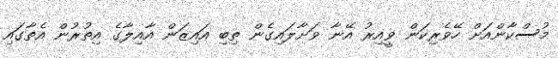
މުސްކާންއަށް ހޭވެރިކަން ވީއިރު އޭނާ ވަށާލައިގެން ތިބި އައިޒަން އާއިލާގެ އިތުރުން އެތާގައި